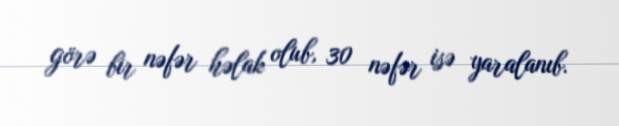
görə bir nəfər həlak olub, 30 nəfər isə yaralanıb.